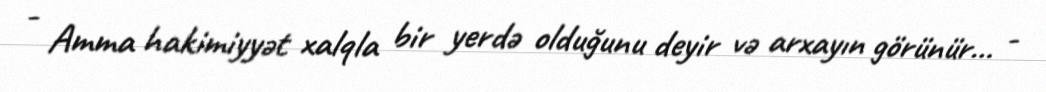
- Amma hakimiyyət xalqla bir yerdə olduğunu deyir və arxayın görünür... -